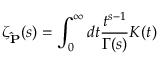
\zeta _ { \bf { \hat { P } } } ( s ) = \int _ { 0 } ^ { \infty } d t \frac { t ^ { s - 1 } } { \Gamma ( s ) } K ( t )